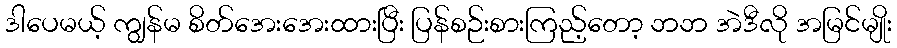
ဒါပေမယ့် ကျွန်မ စိတ်အေးအေးထားပြီး ပြန်စဉ်းစားကြည့်တော့ ဘဘ အဲဒီလို အမြင်မျိုး